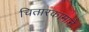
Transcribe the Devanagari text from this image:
चितारकामाने